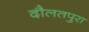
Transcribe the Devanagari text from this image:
दौलतपुरा